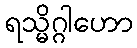
ရသ္မိဂ္ဂါဟော